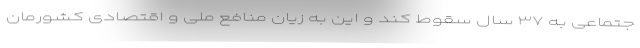
جتماعی به ۳۷ سال سقوط کند و این به زیان منافع ملی و اقتصادی کشورمان